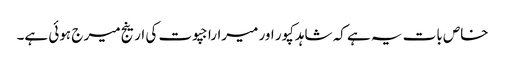
خاص بات یہ ہے کہ شاہدکپور اور میراراجپوت کی ارینج میر ج ہوئی ہے۔